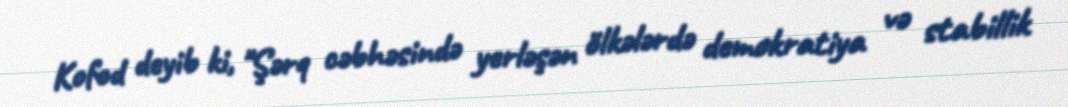
Kofod deyib ki, "Şərq cəbhəsində yerləşən ölkələrdə demokratiya və stabillik